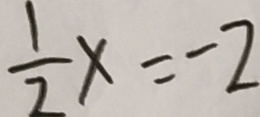
\frac { 1 } { 2 } x = - 2